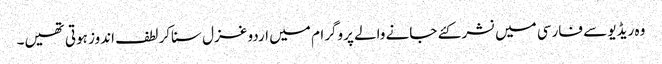
وہ ریڈیو سے فارسی میں نشر کئے جانے والے پروگرام میں اردو غزل سناکر لطف اندوز ہوتی تھیں۔